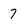
Character: 7